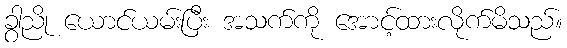
ခွာညို ယောင်ယမ်းပြီး အသက်ကို အောင့်ထားလိုက်မိသည်။